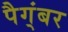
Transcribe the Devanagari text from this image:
पैग्ंबर